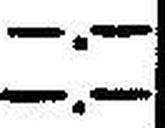
—.—